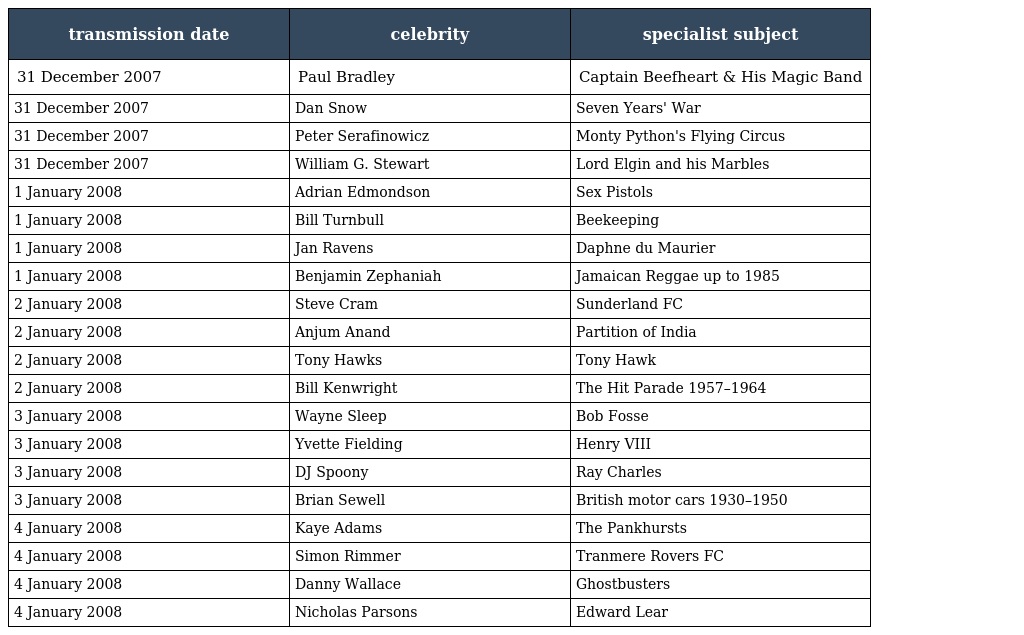
| transmission date | celebrity | specialist subject |
 | --- | --- | --- |
 | 31 December 2007 | Paul Bradley | Captain Beefheart & His Magic Band |
 | 31 December 2007 | Dan Snow | Seven Years' War |
 | 31 December 2007 | Peter Serafinowicz | Monty Python's Flying Circus |
 | 31 December 2007 | William G. Stewart | Lord Elgin and his Marbles |
 | 1 January 2008 | Adrian Edmondson | Sex Pistols |
 | 1 January 2008 | Bill Turnbull | Beekeeping |
 | 1 January 2008 | Jan Ravens | Daphne du Maurier |
 | 1 January 2008 | Benjamin Zephaniah | Jamaican Reggae up to 1985 |
 | 2 January 2008 | Steve Cram | Sunderland FC |
 | 2 January 2008 | Anjum Anand | Partition of India |
 | 2 January 2008 | Tony Hawks | Tony Hawk |
 | 2 January 2008 | Bill Kenwright | The Hit Parade 1957–1964 |
 | 3 January 2008 | Wayne Sleep | Bob Fosse |
 | 3 January 2008 | Yvette Fielding | Henry VIII |
 | 3 January 2008 | DJ Spoony | Ray Charles |
 | 3 January 2008 | Brian Sewell | British motor cars 1930–1950 |
 | 4 January 2008 | Kaye Adams | The Pankhursts |
 | 4 January 2008 | Simon Rimmer | Tranmere Rovers FC |
 | 4 January 2008 | Danny Wallace | Ghostbusters |
 | 4 January 2008 | Nicholas Parsons | Edward Lear |